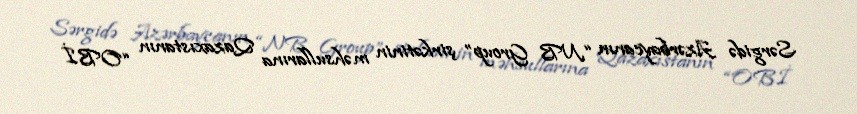
Sərgidə Azərbaycanın “NB Group” şirkətinin məhsullarına Qazaxıstanın “OBİ